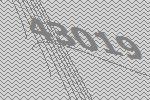
43019